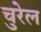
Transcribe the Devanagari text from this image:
चुरेल